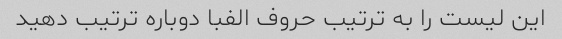
این لیست را به ترتیب حروف الفبا دوباره ترتیب دهید